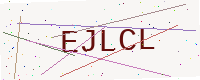
Text: EJLCL